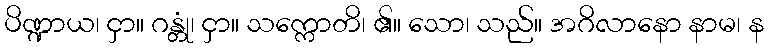
ပိဏ္ဍာယ၊ ငှာ။ ဂန္တုံ၊ ငှာ။ သက္ကောတိ၊ ၏။ သော၊ သည်။ အဂိလာနော နာမ၊ န